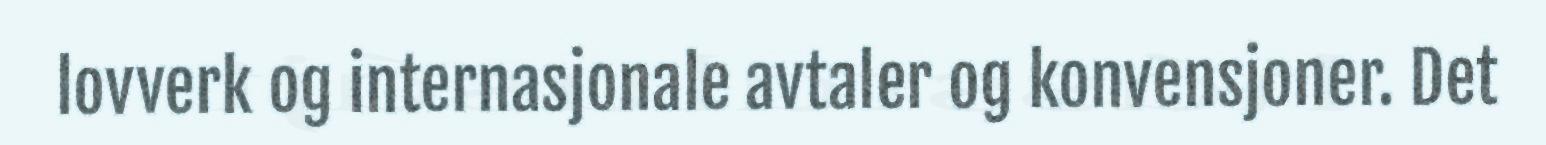
lovverk og internasjonale avtaler og konvensjoner. Det